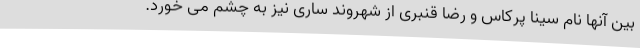
بین آنها نام سینا پرکاس و رضا قنبری از شهروند ساری نیز به چشم می خورد.